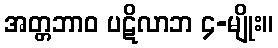
အတ္တဘာဝ ပဋိလာဘ ၄-မျိုး။